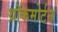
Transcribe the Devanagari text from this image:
थ्रॉकमोर्टन